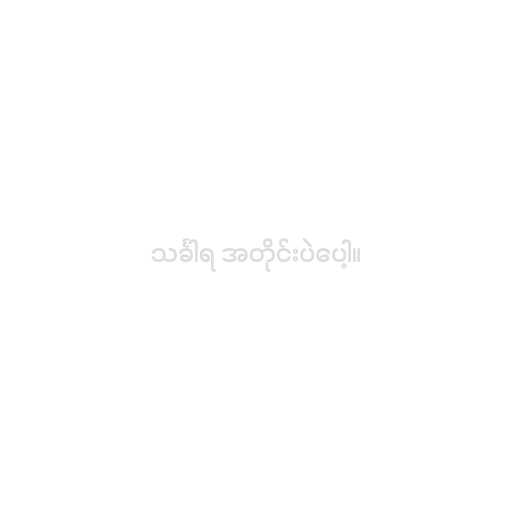
သင်္ခါရ အတိုင်းပဲပေါ့။